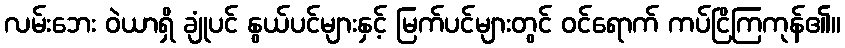
လမ်းဘေး ဝဲယာရှိ ချုံပင် နွယ်ပင်များနှင့် မြက်ပင်များတွင် ဝင်ရောက် ကပ်ငြိကြကုန်၏။